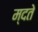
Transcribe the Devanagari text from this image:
म्दते